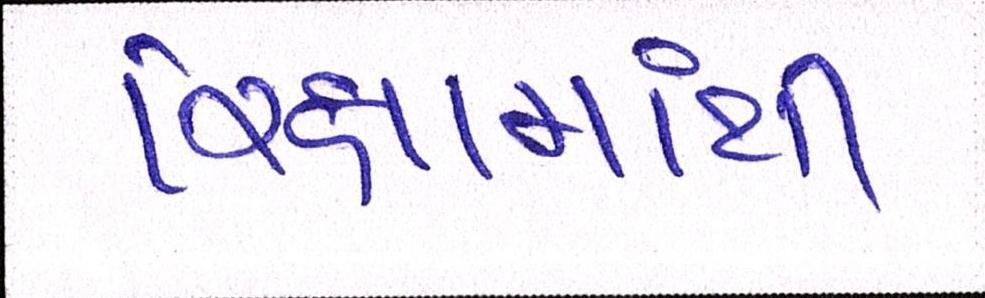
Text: રિક્ષામાંથી